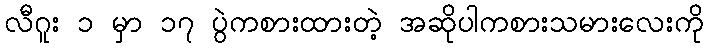
လီဂူး ၁ မှာ ၁၇ ပွဲကစားထားတဲ့ အဆိုပါကစားသမားလေးကို